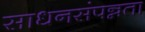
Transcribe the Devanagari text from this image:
साधनसंपन्नता